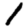
Digit: 1